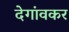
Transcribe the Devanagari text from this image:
देगांवकर